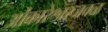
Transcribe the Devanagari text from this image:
ओंकारेश्वरजवळ